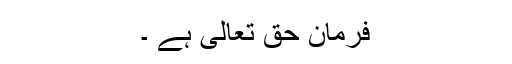
فرمان حق تعالیٰ ہے ۔